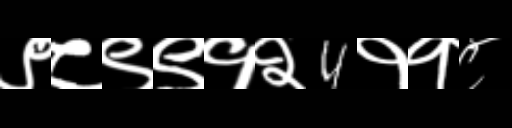
Text: ९८९९१२4११८